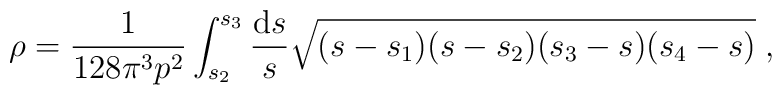
\rho = \frac{1}{128\pi^3 p^2}\int_{s_2}^{s_3} \frac{{\rm d}s}{s} \sqrt{(s-s_1)(s-s_2)(s_3-s)(s_4-s)} \; ,